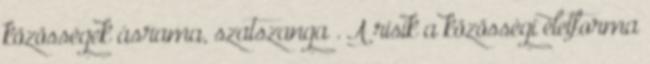
közösségek ásrama, szatszanga . A risik a közösségi életforma